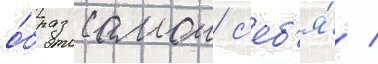
о́браз самои с'еб'я́ /